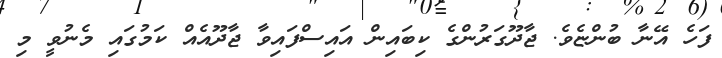
ފަހެ އޭނާ ބުންޏެވެ. ޖާދޫގަރުންގެ ކިބައިން އައިސްފައިވާ ޖާދޫއެއް ކަމުގައި މެނުވީ މި